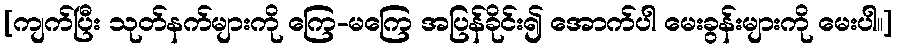
[ကျက်ပြီး သုတ်နက်များကို ကြေ-မကြေ အပြန်ခိုင်း၍ အောက်ပါ မေးခွန်းများကို မေးပါ။]